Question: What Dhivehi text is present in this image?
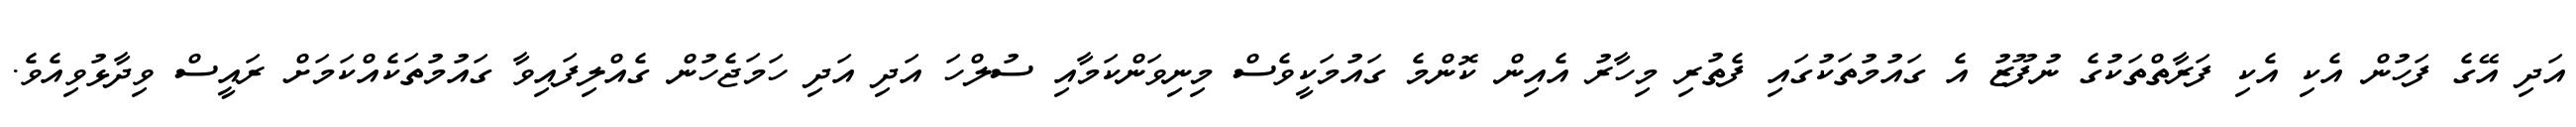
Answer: އަދި އޭގެ ފަހުން އެކި އެކި ފަރާތްތަކުގެ ނުފޫޒު އެ ގައުމުތަކުގައި ފެތުރި މިހާރު އެއިން ކޮންމެ ގައުމަކީވެސް މިނިވަންކަމާއި ސުލްހަ އަދި އަދި ހަމަޖެހުން ގެއްލިފައިވާ ގައުމުތަކެއްކަމަށް ރައީސް ވިދާޅުވިއެވެ.